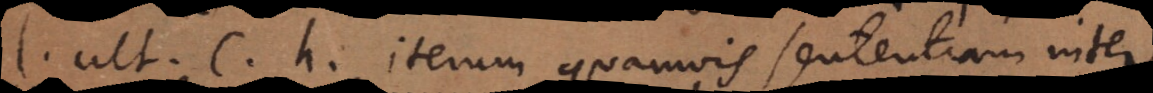
l. ult. C. h. iterum quamvis sententiam inter